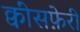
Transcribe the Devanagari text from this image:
क्वींसफ़ेरी